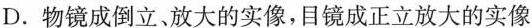
D.物镜成倒立、放大的实像，目镜成正立放大的实像